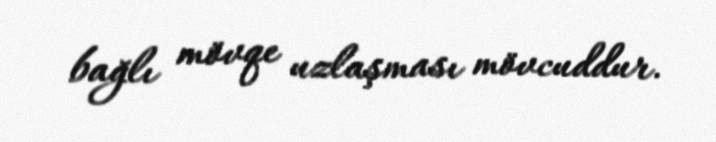
bağlı mövqe uzlaşması mövcuddur.